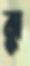
ঝু